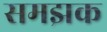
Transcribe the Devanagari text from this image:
समझक